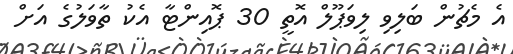
އެ މެޗުން ބަލިވި ލިވަޕޫލް އޮތީ 30 ޕޮއިންޓާ އެކު ތާވަލުގެ އަށް